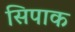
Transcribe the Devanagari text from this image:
सिपाक